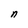
Character: n